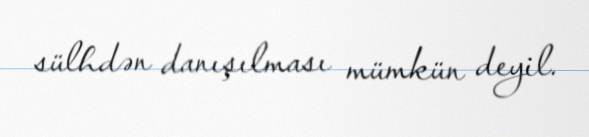
sülhdən danışılması mümkün deyil.